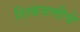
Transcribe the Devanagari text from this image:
शिकवणीचे